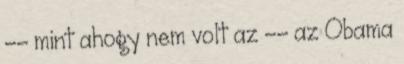
-- mint ahogy nem volt az -- az Obama